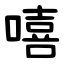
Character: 嘻